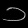
Digit: ၁